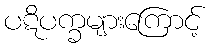
ပဋိပက္ခများကြောင့်